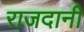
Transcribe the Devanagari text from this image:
राजदानी